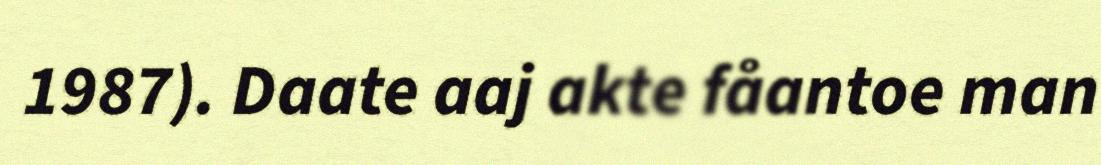
1987). Daate aaj akte fåantoe man